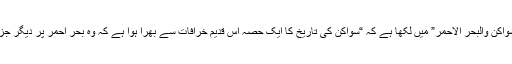
سوڈانی مؤرخ محمد صالح ضرار (1892 – 1972ء) نے اپنی کتاب “تاريخ سواكن والبحر الاحمر” میں لکھا ہے کہ “سواکن کی تاریخ کا ایک حصّہ اس قدیم خرافات سے بھرا ہوا ہے کہ وہ بحر احمر پر دیگر جزیروں کی طرح آبادی سے خالی ایک جزیرہ تھا اور صرف جِنوں کا بسیرا تھا”۔